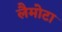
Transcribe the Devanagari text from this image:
लैमोटा